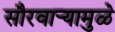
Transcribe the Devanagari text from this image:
सौरवार्‍यामुळे